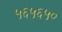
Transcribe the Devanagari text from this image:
५६५६५०